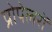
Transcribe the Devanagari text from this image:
प्रोपेलरों